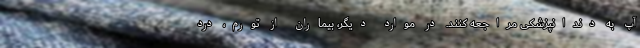
آپ به دندانپزشکی مراجعه کنند. در موارد دیگر، بیماران از تورم، درد